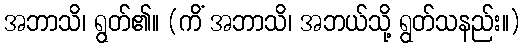
အဘာသိ၊ ရွတ်၏။ (ကိံ အဘာသိ၊ အဘယ်သို့ ရွတ်သနည်း။)